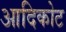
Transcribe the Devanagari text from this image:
आदिकोट